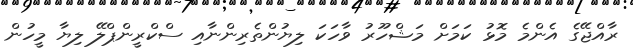
ރާއްޖޭގެ އެންމެ މޮޅު ކަމަށް މަޝްހޫރު ވާހަކަ ލިޔުންތެރިންނާއި ސްކްރީންޕްލޭ ލިޔާ މީހުން